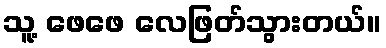
သူ့ ဖေဖေ လေဖြတ်သွားတယ်။